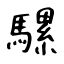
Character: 騾